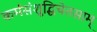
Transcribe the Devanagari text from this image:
कर्मसंशुद्धिचेतसाम्